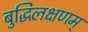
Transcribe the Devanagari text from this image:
बुद्धिलक्षणम्‌